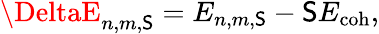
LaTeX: \DeltaE_{n,m,\mathsf{S}}=E_{n,m,\mathsf{S}}-\mathsf{S}E_{\mathrm{{coh}}},